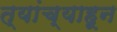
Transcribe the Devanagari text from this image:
त्यांच्याहून